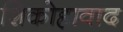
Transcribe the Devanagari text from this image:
शिकोहावाद